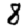
Digit: 8